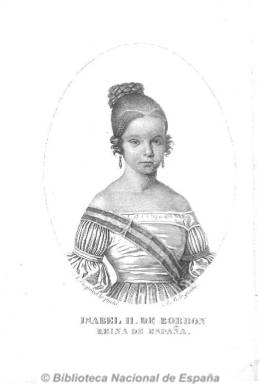
Título: Guía de forasteros en Madrid
Otros títulos: Guía de forasteros || Guía de forasteros (Madrid)
Colección: Guías y directorios
Ámbito geográfico: Madrid
Lugar de publicación: Madrid
Fechas: 01/01/1838-31/12/1873

Es continuación del Kalendrio manual y guía de forasteros en Madrid, que había empezado a editarse en 1722, y que desde 1838, y hasta su desaparición, en 1872, su cabecera es reducida generalmente a este título. Publicación de periodicidad anual, especie de directorio de la estructura organizativa del Estado y de todos sus organismos e instituciones a nivel nacional y territorial (provincias y municipios), con indicación de quienes ostentan en cada momento los altos cargos políticos, militares y funcionariales. Estampado por la Imprenta Nacional, en algunos volúmenes incluye grabados de la reina Isabel II y de su madre, la reina gobernadora María Cristina, y en 1872, la del rey Amadeo I, así como un mapa de España y un plano de la ciudad de Madrid.

Con una estructura similar al Kalendario manual, comienza con un calendario, con santoral, datos astronómicos o fiestas movibles; la distribución de la indulgencia plenaria de las 40 horas; una cronología de los reyes de España, la nómina de las familias reinantes en Europa y de los soberanos y jefes de Estado de los países de Asia, África y Europa, así como un cuadro con la población de los diferentes países de este continente, y los días en que la Corte española se viste de gala.

Incluye las nóminas o listados de los caballeros del Toisón de Oro y de las órdenes de Carlos III, de Isabel la Católica y de Damas Nobles, la del sacro colegio cardenalicio, arzobispos y obispos y auditores del Tribunal de Rota. En el plano político y administrativa, los nombres de los integrantes de los cuerpos legislativos (Congreso y, en su momento, Senado); de las Secretarías (Estado, Gracia y Justicia, Hacienda o Gobernación, que posteriormente serán denominados ministerios), de sus direcciones generales, jefes políticos de provincias (después, gobernadores), del cuerpo diplomático extranjero acreditado en España y del español (embajadores, cónsules y vicecónsules), de los integrantes del Tribunal Supremo de Justicia, de las audiencias territoriales y juzgados; de otras instituciones, como el Banco Español de San Fernando, universidades, facultades, museos y bibliotecas, reales academias y reales maestranzas, sociedades económicas, juntas provinciales, diputaciones y ayuntamientos, etc.

Hasta 1863 publicó conjuntamente Estado militar de España, en su edición en 16º, que entre 1845 y 1860, se titula Estado militar de España e Indias, y entre 1861 y 1863, Estado militar de España y Ultramar. La Guía incluirá después un catálogo alfabético de los Grandes de España y títulos del Reino, así como la estructura y los nombres del Estado Mayor del Ejército y de la Marina, las capitanías generales, y de los cuerpos y armas de las que se componía, como la del Cuerpo de la Guardia Civil. Aumentado su volumen, hasta superar el millar de páginas, con índices al final.